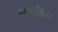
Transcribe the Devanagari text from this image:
सन्‍दोह।।